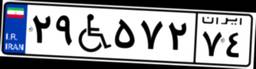
۲۹W۵۷۲۷۴